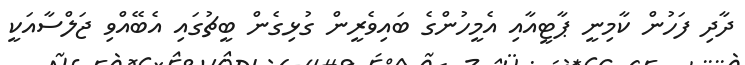
ދާދި ފަހުން ކާމިނީ ޕާޓީއާއި އެމީހުންގެ ބައިވެރީން ގުޅިގެން ބީޗުގައި އެބޭއްވި ޖަލްސާއަކީ